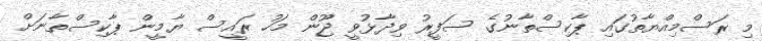
މި ރަސްމިއްޔާތުގައި ޕާކިސްތާނުގެ ސަފީރު ވިދާޅުވީ ޖޫން މަހު ރައީސް ޔާމީން ޕާކިސްތާނަށް